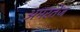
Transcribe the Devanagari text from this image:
अमरतेज